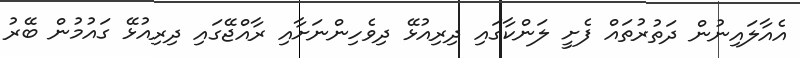
އެއާލައިނުން ދަތުރުތައް ފެށީ ލަންކާގައި ދިރިއުޅޭ ދިވެހިންނަށާއި ރާއްޖޭގައި ދިރިއުޅޭ ގައުމުން ބޭރު